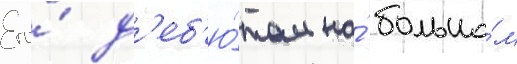
Его́ д'еб'ю́том на́ большо́м